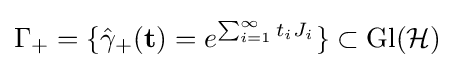
\Gamma _{+}=\{{\hat {\gamma }}_{+}(\mathbf {t} )=e^{\sum _{i=1}^{\infty }t_{i}J_{i}}\}\subset \mathrm {Gl} ({\mathcal {H}})